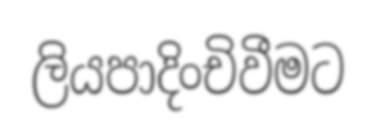
ලියපාදිංචිවීමට